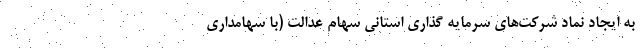
به ایجاد نماد شرکت‌های سرمایه گذاری استانی سهام عدالت (با سهامداری